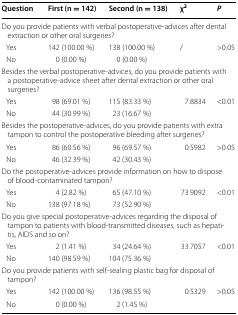
| Question | First (n = 142) | Second (n = 138) | χ2 | P |
 | --- | --- | --- | --- | --- |
 | <COLSPAN=5> Do you provide patients with verbal postoperative-advices after dental extraction or other oral surgeries? |
 | Yes | 142 (100.00 %) | 138 (100.00 %) | / | >0.05 |
 | No | 0 (0.00 %) | 0 (0.00 %) |  |  |
 | <COLSPAN=5> Besides the verbal postoperative-advices, do you provide patients with a postoperative-advice sheet after dental extraction or other oral surgeries? |
 | Yes | 98 (69.01 %) | 115 (83.33 %) | 7.8834 | <0.01 |
 | No | 44 (30.99 %) | 23 (16.67 %) |  |  |
 | <COLSPAN=5> Besides the postoperative-advices, do you provide patients with extra tampon to control the postoperative bleeding after surgeries? |
 | Yes | 86 (60.56 %) | 96 (69.57 %) | 0.5982 | >0.05 |
 | No | 46 (32.39 %) | 42 (30.43 %) |  |  |
 | <COLSPAN=5> Do the postoperative-advices provide information on how to dispose of blood-contaminated tampon? |
 | Yes | 4 (2.82 %) | 65 (47.10 %) | 73.9092 | <0.01 |
 | No | 138 (97.18 %) | 73 (52.90 %) |  |  |
 | <COLSPAN=5> Do you give special postoperative-advices regarding the disposal of tampon to patients with blood-transmitted diseases, such as hepatitis, AIDS and so on? |
 | Yes | 2 (1.41 %) | 34 (24.64 %) | 33.7057 | <0.01 |
 | No | 140 (98.59 %) | 104 (75.36 %) |  |  |
 | <COLSPAN=5> Do you provide patients with self-sealing plastic bag for disposal of tampon? |
 | Yes | 142 (100.00 %) | 136 (98.55 %) | 0.5329 | >0.05 |
 | No | 0 (0.00 %) | 2 (1.45 %) |  |  |